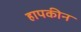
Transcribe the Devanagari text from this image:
हापकीन